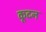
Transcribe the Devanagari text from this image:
कूदन